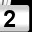
Digit: 2